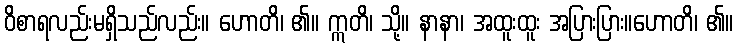
ဝိစာရလည်းမရှိသည်လည်း။ ဟောတိ၊ ၏။ ဣတိ၊ သို့။ နာနာ၊ အထူးထူး အပြားပြား။ဟောတိ၊ ၏။